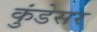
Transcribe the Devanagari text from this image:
कुंडेसर